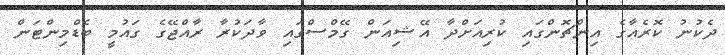
ދެކުނު ކޮރެއާގެ އިންޗޮންގައި ކުރިއަށްދާ އޭޝިއަން ގޭމްސްގައި ވާދަކުރާ ރާއްޖޭގެ ގައުމީ ބެޑްމިންޓަން